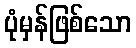
ပုံမှန်ဖြစ်သော